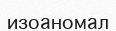
изоаномал